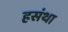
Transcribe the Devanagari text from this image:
हसंथा